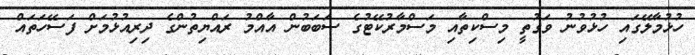
ހުޅުމާލޭގައި ހުޅުވުނު ވަގުތީ މިސްކިތާއި މަސްމާރުކޭޓުގެ ސަބަބުން އާއްމު ރައްޔިތުންގެ ދިރިއުޅުމަށް ފަސޭހަތައް